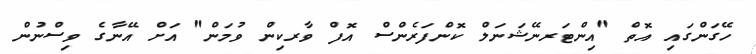
ހޭގަންގައި އޮތް "އިންޓަރނޭޝަނަލް ކޮންފަރެންސް އޮފް ވާރކިން ވުމަން" އަށް އޭނާގެ ވިސްނުން